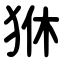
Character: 㹯